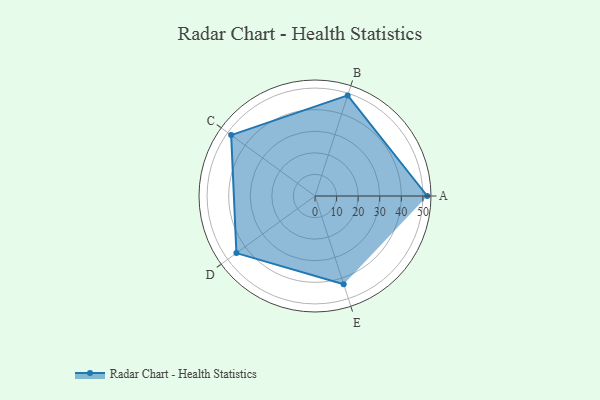
{"axis": {"x": "Skill", "y": "Score"}, "legend": ["Profile"], "data": [{"x": "A", "y": 52.0, "type": "Profile"}, {"x": "B", "y": 49.0, "type": "Profile"}, {"x": "C", "y": 48.0, "type": "Profile"}, {"x": "D", "y": 45.0, "type": "Profile"}, {"x": "E", "y": 43.0, "type": "Profile"}]}